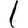
Digit: 1